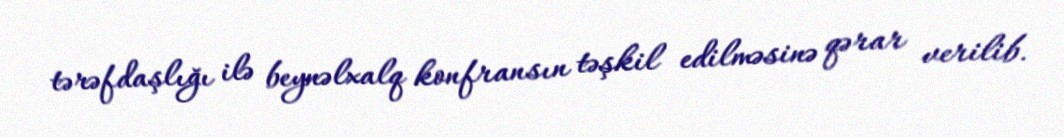
tərəfdaşlığı ilə beynəlxalq konfransın təşkil edilməsinə qərar verilib.